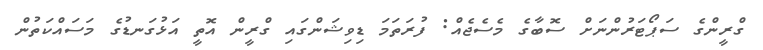
ގްރީންގެ ސަޕޯޓަރުންނަށް ސޮބާގެ މެސެޖެއް: ފުރަތަމަ ޑިވިޝަންގައި ގްރީން އޮތީ އަޅުގަނޑުގެ މަސައްކަތުން